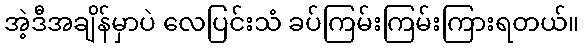
အဲ့ဒီအချိန်မှာပဲ လေပြင်းသံ ခပ်ကြမ်းကြမ်းကြားရတယ်။